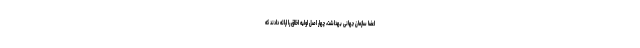
اعضا سازمان جهانی بهداشت، چهار اصل اولیه اخلاق را ارائه دادند که